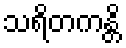
သရိတကန္တိ